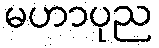
မဟာပုည